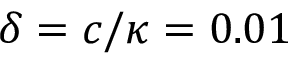
\delta = c / \kappa = 0 . 0 1